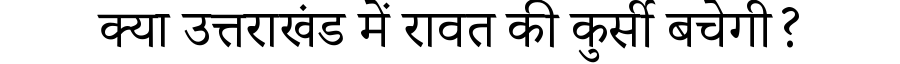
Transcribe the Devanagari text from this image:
क्या उत्तराखंड में रावत की कुर्सी बचेगी?